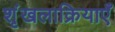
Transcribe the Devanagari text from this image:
शृंखलाक्रियाएँ